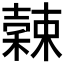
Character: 𥢉